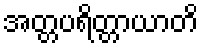
အတ္တပရိတ္တာယာတိ